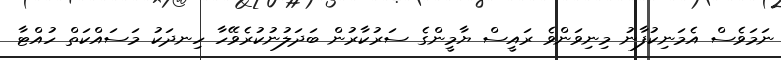
ނަމަވެސް އެމަނިކުފާނު މިނިވަންވެ ރައީސް ޔާމީންގެ ސަރުކާރުން ބަދަލުނުކުރެވޭހާ ހިނދަކު މަސައްކަތް ހުއްޓާ